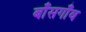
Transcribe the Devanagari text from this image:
बाँसगाँव